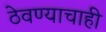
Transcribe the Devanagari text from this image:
ठेवण्याचाही